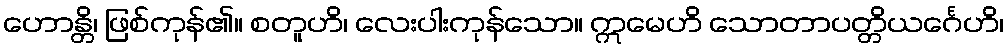
ဟောန္တိ၊ ဖြစ်ကုန်၏။ စတူဟိ၊ လေးပါးကုန်သော။ ဣမေဟိ သောတာပတ္တိယင်္ဂေဟိ၊